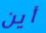
أين